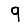
Digit: 9